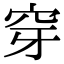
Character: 穿